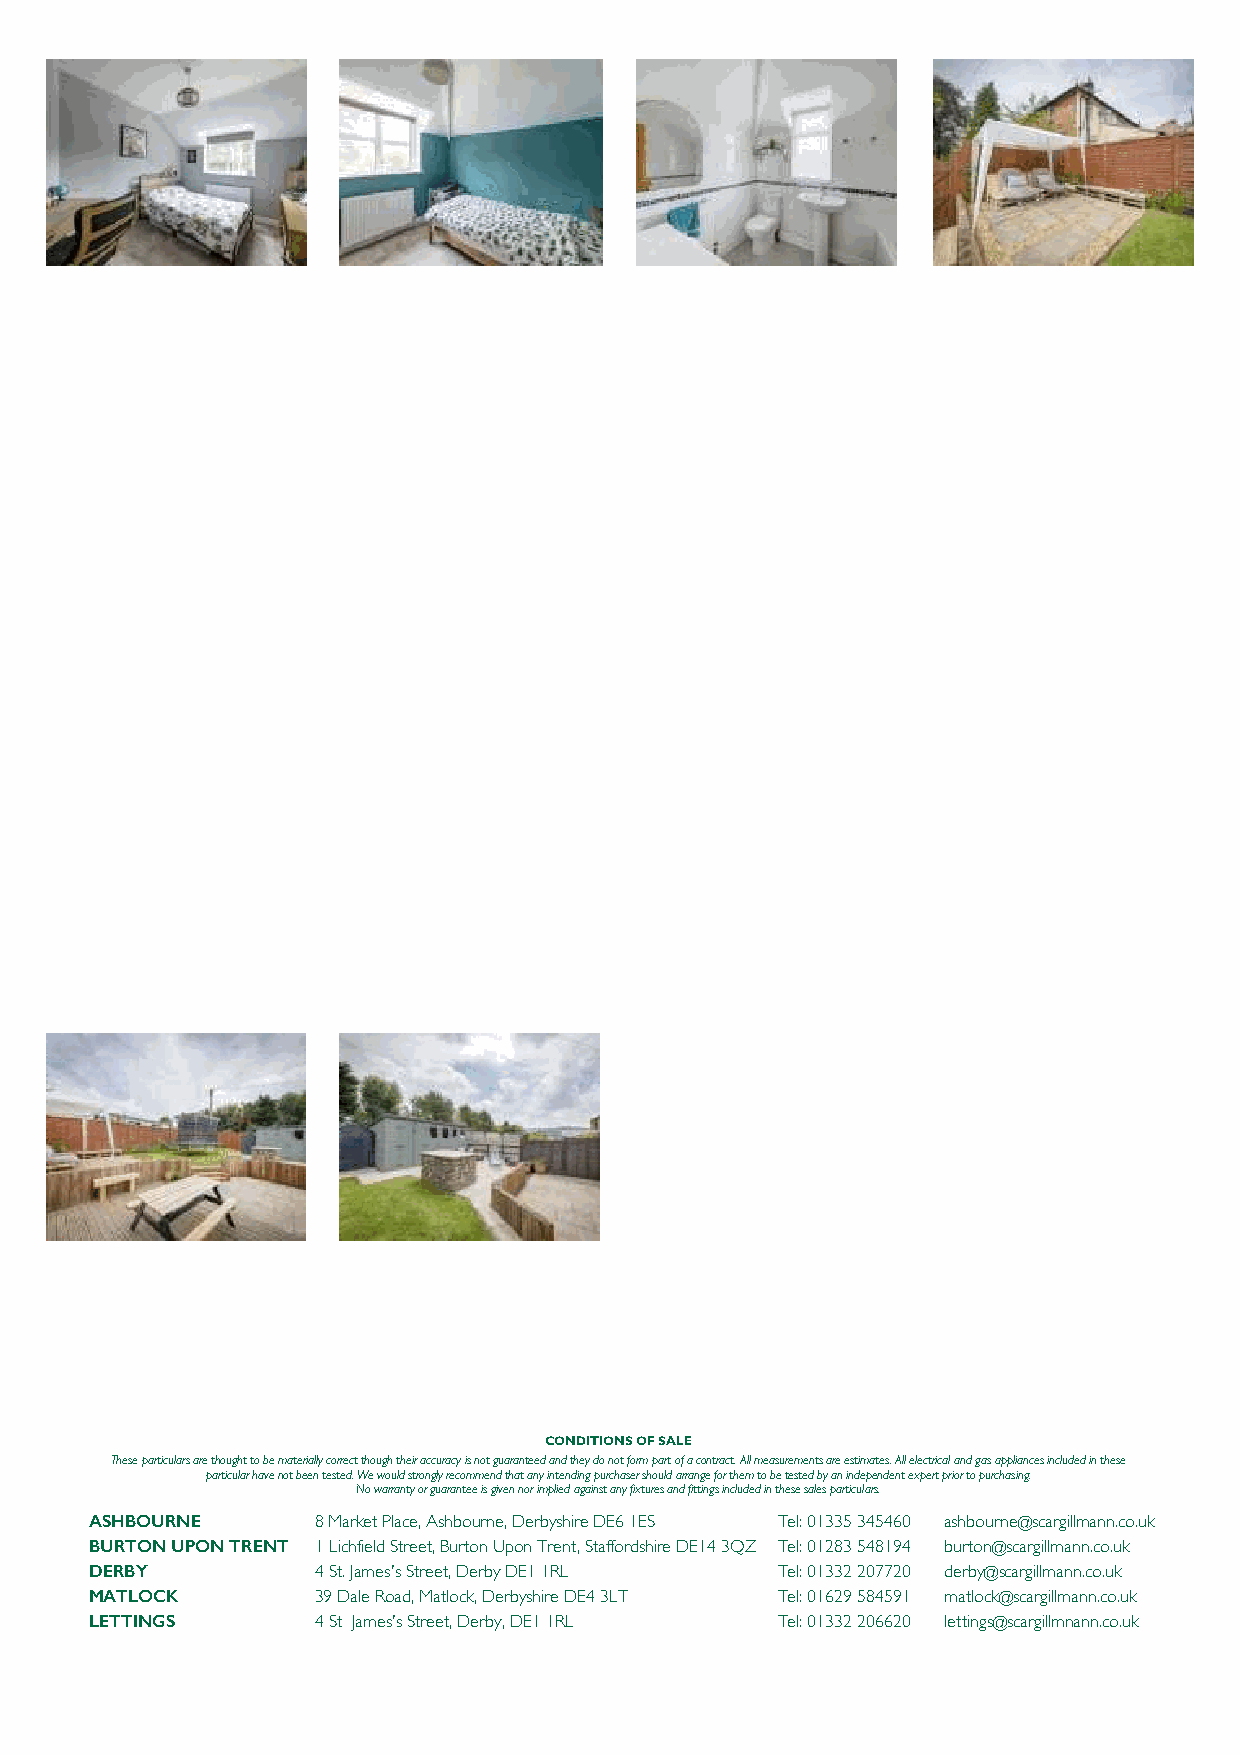
CONDITIONS OF SALE
 These particulars are thought to be materially correct though their accuracy is not guaranteed and they do not form part of a contract. All measurements are estimates. All electrical and gas appliances included in these
 particular have not been tested. We would strongly recommend that any intending purchaser should arrange for them to be tested by an independent expert prior to purchasing.
 No warranty or guarantee is given nor implied against any fixtures and fittings included in these sales particulars.
 ASHBOURNE      8 Market Place, Ashbourne, Derbyshire DE6 1ES Tel: 01335 345460 ashbourne@scargillmann.co.uk
 BURTON UPON TRENT 1 Lichfield Street, Burton Upon Trent, Staffordshire DE14 3QZ Tel: 01283 548194 burton@scargillmann.co.uk
 DERBY          4 St. James's Street, Derby DE1 1RL Tel: 01332 207720 derby@scargillmann.co.uk
 MATLOCK        39 Dale Road, Matlock, Derbyshire DE4 3LT Tel: 01629 584591 matlock@scargillmann.co.uk
 LETTINGS       4 St James's Street, Derby, DE1 1RL Tel: 01332 206620 lettings@scargillmnann.co.uk